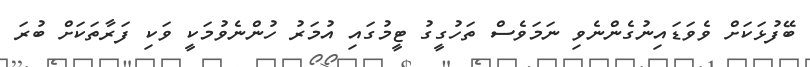
ބޭފުޅަކަށް ވެވަޑައިނުގެންނެވި ނަމަވެސް ތަހުގީގު ޓީމުގައި އުމަރު ހުންނެވުމަކީ ވަކި ފަރާތަކަށް ބުރަ